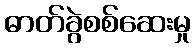
ဓာတ်ခွဲစစ်ဆေးမှု